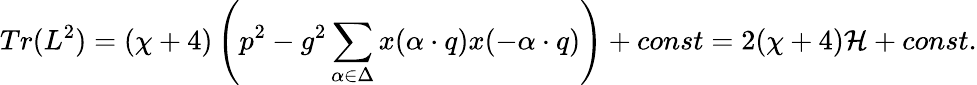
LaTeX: Tr(L^{2})=(\chi+4)\left(p^{2}-g^{2}\sum_{\alpha\in\Delta}x(\alpha\cdot q)x(-\alpha\cdot q)\right)+const=2(\chi+4){\cal H}+const.